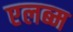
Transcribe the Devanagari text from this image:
एलब्म